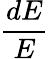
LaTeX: \frac{dE}{E}